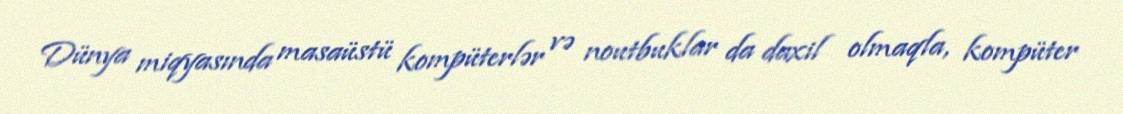
Dünya miqyasında masaüstü kompüterlər və noutbuklar da daxil olmaqla, kompüter